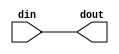
//------------------------------------------------------------------------------
// The confidential and proprietary information contained in this file may
// only be used by a person authorised under and to the extent permitted
// by a subsisting licensing agreement from ARM Limited.
//
//            (C) COPYRIGHT 2007-2010 ARM Limited.
//                ALL RIGHTS RESERVED
//
// This entire notice must be reproduced on all copies of this file
// and copies of this file may only be made by a person if such person is
// permitted to do so under the terms of a subsisting license agreement
// from ARM Limited.
//------------------------------------------------------------------------------
// Version and Release Control Information:
//
// File Revision       :  7369 
// File Date           :  2010-04-27 20:30:45 +0530 (Tue, 27 Apr 2010) 
// Release Information : Cortex-M0 DesignStart-r2p0-00rel0
//------------------------------------------------------------------------------
//  Purpose : Randomly replaces X and Z inputs with a 0 or 1.
// -----------------------------------------------------------------------------

module cxapbasyncbridge_cdc_random
  ( din, dout);

  // ------------------------------------------------------
  // parameter declaration
  // ------------------------------------------------------

  parameter WIDTH = 4;
  parameter HIER_LEN = 100;

  // ------------------------------------------------------
  // port declaration
  // ------------------------------------------------------
  input [WIDTH-1:0]     din;
  output [WIDTH-1:0]    dout;

`ifdef ARM_CDC_CHECK

  // ------------------------------------------------------
  // reg/wire declarations
  // ------------------------------------------------------
  reg [WIDTH-1:0]       dout;

  integer               seed;
  integer               i;
  integer               j;
  integer               seed_char;
  reg [0:(8*HIER_LEN)]  seed_string;
  integer               top_level_seed;
  
  reg [31:0]            lfsr;
  wire                  lfsr_feedback;
                           
  // generate random seed from the hierarchical filename
  initial 
    begin
      $swrite(seed_string,"%m");
    
      //convert string into an integer for the seed
      //by converting one ascii byte at a time and adding it
      //to the seed
      
      seed = 0;
      for (i = 0; i < (8*HIER_LEN); i = i + 8) 
        begin
          seed_char = (seed_string[i+:8]);
          seed = seed + seed_char;     
        end
      
      
      if ($value$plusargs("seed=%d",top_level_seed)) seed = seed+top_level_seed;
      
      $display ("%s using seed %h",seed_string, seed);
      
      lfsr <= seed;
      
    end 
  
  assign lfsr_feedback = lfsr[2] ^ lfsr[30];

  always @(din)
    for (j = 0; j < WIDTH; j = j + 1) begin

        if ((din[j] ^ din[j]) !== 1'b0)
          begin
            dout[j] = lfsr[0];
            lfsr = {lfsr[30:0],lfsr_feedback};
          end
        else
          dout[j] = din[j];
    end      
  
`else
    assign dout = din;
`endif

endmodule